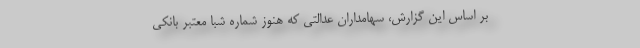
بر اساس این گزارش، سهامداران عدالتی که هنوز شماره شبا معتبر بانکی